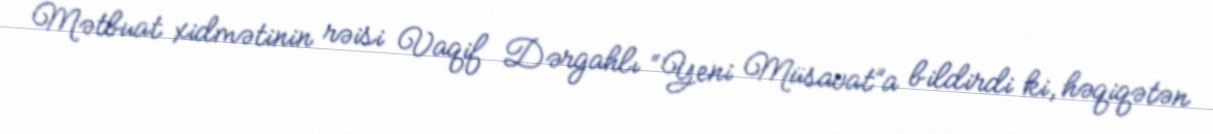
Mətbuat xidmətinin rəisi Vaqif Dərgahlı “Yeni Müsavat”a bildirdi ki, həqiqətən